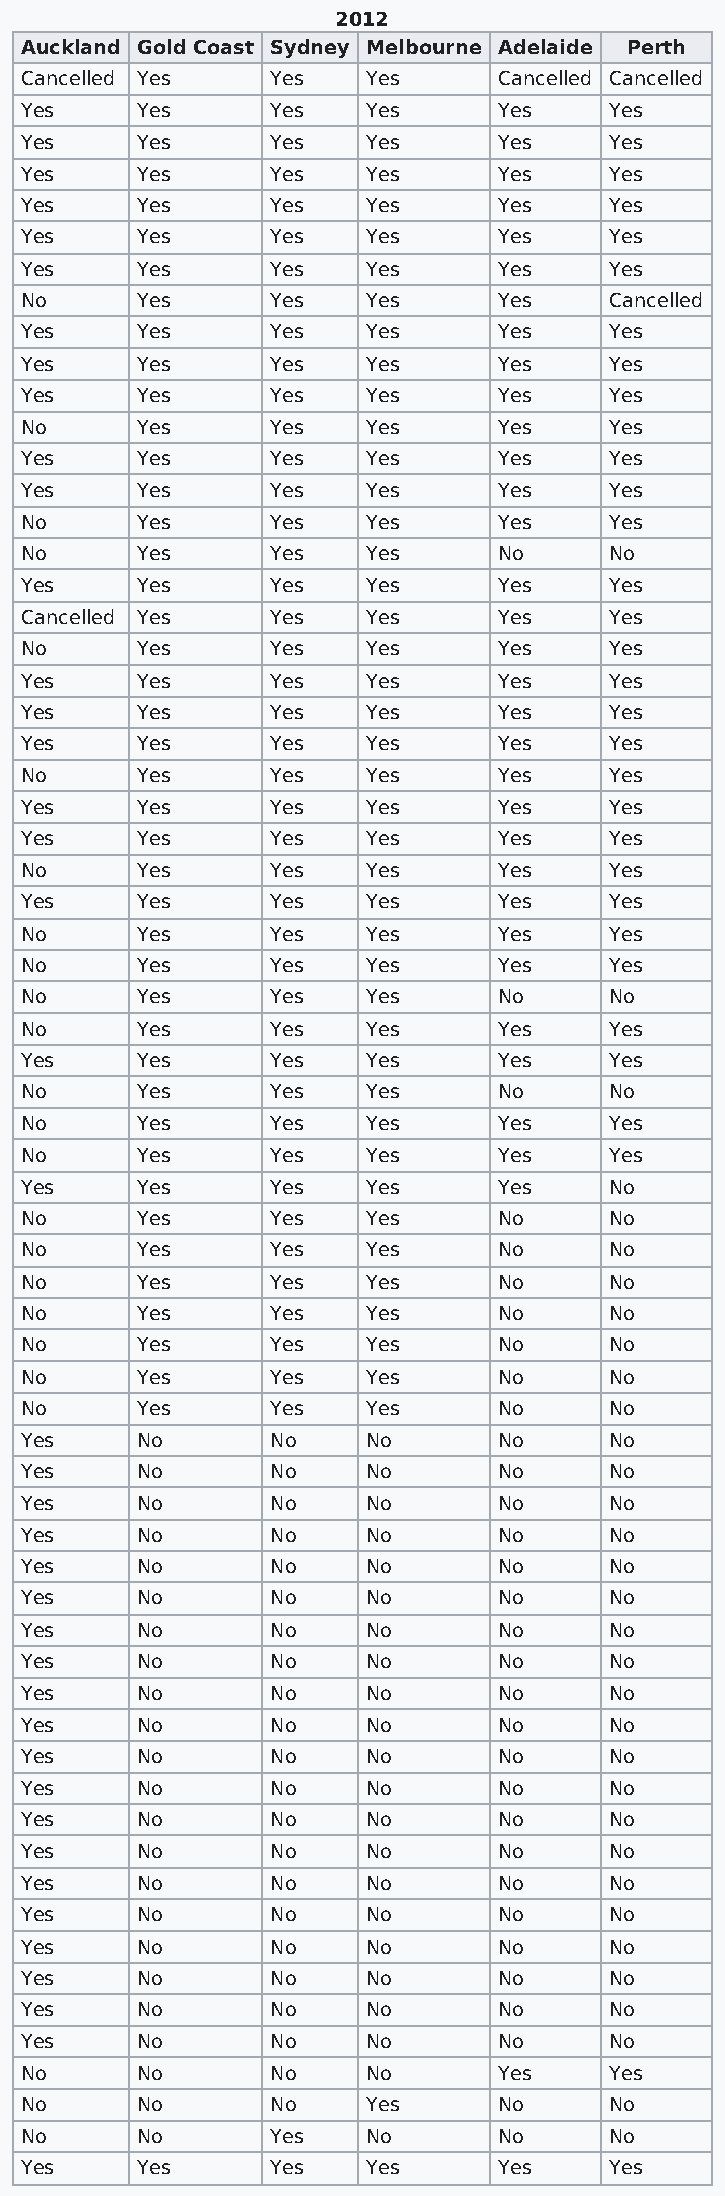
2012
 Auckland Gold Coast Sydney Melbourne Adelaide Perth
 Cancelled Yes    Yes   Yes      Cancelled Cancelled
 Yes     Yes      Yes   Yes      Yes    Yes
 Yes     Yes      Yes   Yes      Yes    Yes
 Yes     Yes      Yes   Yes      Yes    Yes
 Yes     Yes      Yes   Yes      Yes    Yes
 Yes     Yes      Yes   Yes      Yes    Yes
 Yes     Yes      Yes   Yes      Yes    Yes
 No      Yes      Yes   Yes      Yes    Cancelled
 Yes     Yes      Yes   Yes      Yes    Yes
 Yes     Yes      Yes   Yes      Yes    Yes
 Yes     Yes      Yes   Yes      Yes    Yes
 No      Yes      Yes   Yes      Yes    Yes
 Yes     Yes      Yes   Yes      Yes    Yes
 Yes     Yes      Yes   Yes      Yes    Yes
 No      Yes      Yes   Yes      Yes    Yes
 No      Yes      Yes   Yes      No     No
 Yes     Yes      Yes   Yes      Yes    Yes
 Cancelled Yes    Yes   Yes      Yes    Yes
 No      Yes      Yes   Yes      Yes    Yes
 Yes     Yes      Yes   Yes      Yes    Yes
 Yes     Yes      Yes   Yes      Yes    Yes
 Yes     Yes      Yes   Yes      Yes    Yes
 No      Yes      Yes   Yes      Yes    Yes
 Yes     Yes      Yes   Yes      Yes    Yes
 Yes     Yes      Yes   Yes      Yes    Yes
 No      Yes      Yes   Yes      Yes    Yes
 Yes     Yes      Yes   Yes      Yes    Yes
 No      Yes      Yes   Yes      Yes    Yes
 No      Yes      Yes   Yes      Yes    Yes
 No      Yes      Yes   Yes      No     No
 No      Yes      Yes   Yes      Yes    Yes
 Yes     Yes      Yes   Yes      Yes    Yes
 No      Yes      Yes   Yes      No     No
 No      Yes      Yes   Yes      Yes    Yes
 No      Yes      Yes   Yes      Yes    Yes
 Yes     Yes      Yes   Yes      Yes    No
 No      Yes      Yes   Yes      No     No
 No      Yes      Yes   Yes      No     No
 No      Yes      Yes   Yes      No     No
 No      Yes      Yes   Yes      No     No
 No      Yes      Yes   Yes      No     No
 No      Yes      Yes   Yes      No     No
 No      Yes      Yes   Yes      No     No
 Yes     No       No    No       No     No
 Yes     No       No    No       No     No
 Yes     No       No    No       No     No
 Yes     No       No    No       No     No
 Yes     No       No    No       No     No
 Yes     No       No    No       No     No
 Yes     No       No    No       No     No
 Yes     No       No    No       No     No
 Yes     No       No    No       No     No
 Yes     No       No    No       No     No
 Yes     No       No    No       No     No
 Yes     No       No    No       No     No
 Yes     No       No    No       No     No
 Yes     No       No    No       No     No
 Yes     No       No    No       No     No
 Yes     No       No    No       No     No
 Yes     No       No    No       No     No
 Yes     No       No    No       No     No
 Yes     No       No    No       No     No
 Yes     No       No    No       No     No
 No      No       No    No       Yes    Yes
 No      No       No    Yes      No     No
 No      No       Yes   No       No     No
 Yes     Yes      Yes   Yes      Yes    Yes